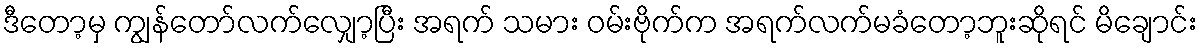
ဒီတော့မှ ကျွန်တော်လက်လျှော့ပြီး အရက် သမား ဝမ်းဗိုက်က အရက်လက်မခံတော့ဘူးဆိုရင် မိချောင်း